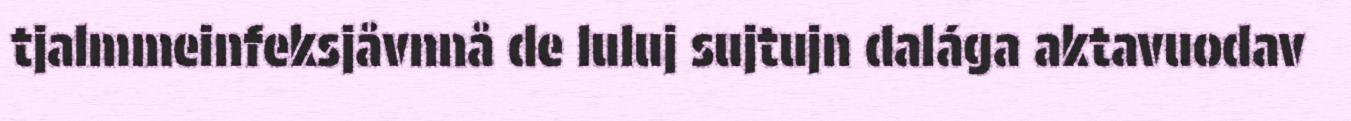
tjalmmeinfeksjåvnnå de luluj sujtujn dalága aktavuodav